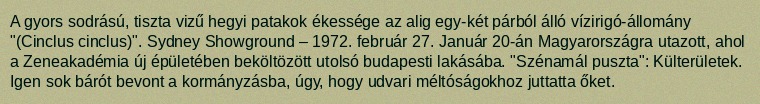
A gyors sodrású, tiszta vizű hegyi patakok ékessége az alig egy-két párból álló vízirigó-állomány "(Cinclus cinclus)". Sydney Showground – 1972. február 27. Január 20-án Magyarországra utazott, ahol a Zeneakadémia új épületében beköltözött utolsó budapesti lakásába. "Szénamál puszta": Külterületek. Igen sok bárót bevont a kormányzásba, úgy, hogy udvari méltóságokhoz juttatta őket.